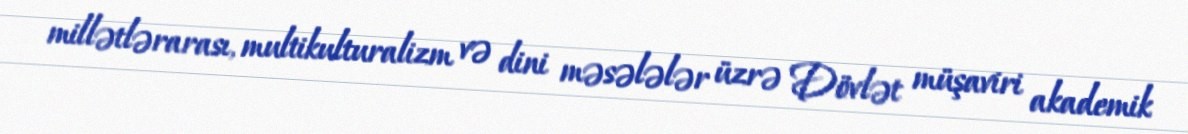
millətlərarası, multikulturalizm və dini məsələlər üzrə Dövlət müşaviri akademik